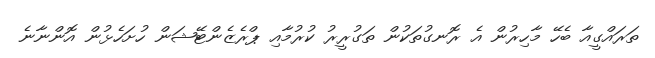
ތަރައްގީއާ ބެހޭ މާހިރުން އެ ރޮނގުތަކުން ތަގުރީރު ކުރުމާއި ޕްރެޒެންޓޭޝަން ހުށަހެޅުން އޮންނާނެ